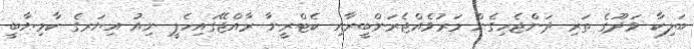
ބަލިކާ ވަދޫގެ ތަރި ދަންޖެހިގެން މަރުވެއްޖެރަންބީރާއި ކެޓްރީނާ ރާއްޖޭގައިހެޕީ ނިއު އިޔަރގެ ކާމިޔާބީ